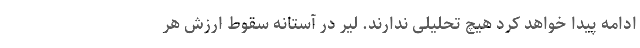
ادامه پیدا خواهد کرد هیچ تحلیلی ندارند. لیر در آستانه سقوط ارزش هر